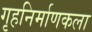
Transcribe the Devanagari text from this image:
गृहनिर्माणकला